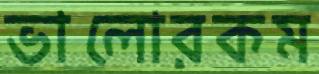
ভালোরকম